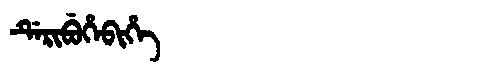
Manchu: ᡩᡝᡵᡳᠪᡠᡥᡝᠪᡳᡥᡝ
Romanization: DERIBUHEBIHE